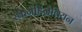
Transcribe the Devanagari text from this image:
स्केनेडिनेवियन